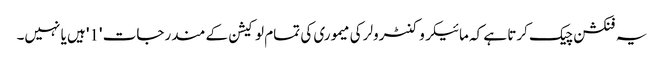
یہ فنکشن چیک کرتا ہے کہ مائیکروکنٹرولر کی میموری کی تمام لوکیشن کے مندرجات '1' ہیں یا نہیں۔